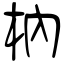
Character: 枘